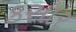
કસાર